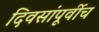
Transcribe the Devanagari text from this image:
दिवसांपूर्वीच